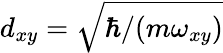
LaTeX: d_{xy}=\sqrt{\hbar/(m\omega_{xy})}